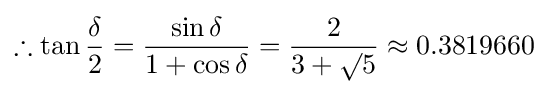
\therefore \tan {\frac {\delta }{2}}={\frac {\sin \delta }{1+\cos \delta }}={\frac {2}{3+\surd 5}}\approx 0.3819660